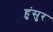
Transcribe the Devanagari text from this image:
हुंसुर